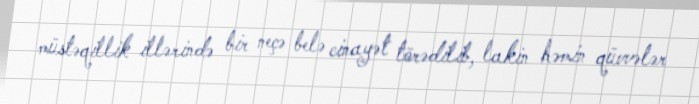
müstəqillik illərində bir neçə belə cinayət törədilib, lakin həmin qüvvələr